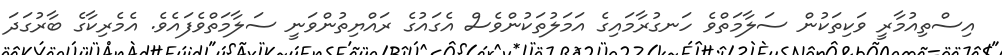
އިސްތިއުމާރީ ވަކިތަކުން ސަލާމަތްވެ ހަނގުރާމައިގެ އަމަލުތަކުންވެސް އެގައުގެ ރައްޔިތުންވަނީ ސަލާމަތްވެފައެވެ. އެމެރިކާގެ ބާރުގަދަ